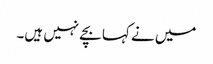
میں نے کہا بچے نہیں ہیں۔